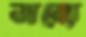
অন্যে